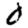
Digit: 0